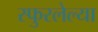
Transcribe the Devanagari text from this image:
स्फुरलेल्या